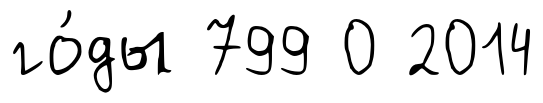
го́ды 799 0 2014